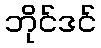
ဘိုင်ဒင်